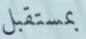
بمستقبل